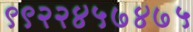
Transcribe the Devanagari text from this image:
९९२२४५७४७५